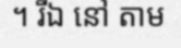
។ រីឯ នៅ តាម